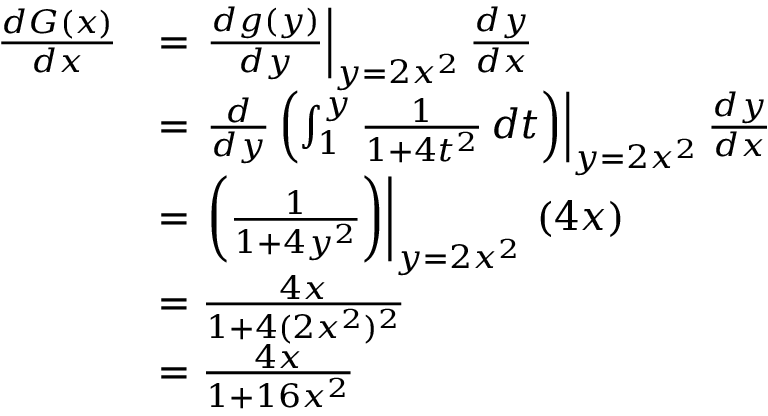
\begin{array} { r l } { \frac { d G ( x ) } { d x } } & { = \left. \frac { d g ( y ) } { d y } \right| _ { y = 2 x ^ { 2 } } \frac { d y } { d x } } \\ & { = \left. \frac { d } { d y } \left( \int _ { 1 } ^ { y } \frac { 1 } { 1 + 4 t ^ { 2 } } \, d t \right) \right| _ { y = 2 x ^ { 2 } } \frac { d y } { d x } } \\ & { = \left. \left( \frac { 1 } { 1 + 4 y ^ { 2 } } \right) \right| _ { y = 2 x ^ { 2 } } \, ( 4 x ) } \\ & { = \frac { 4 x } { 1 + 4 ( 2 x ^ { 2 } ) ^ { 2 } } } \\ & { = \frac { 4 x } { 1 + 1 6 x ^ { 2 } } } \end{array}